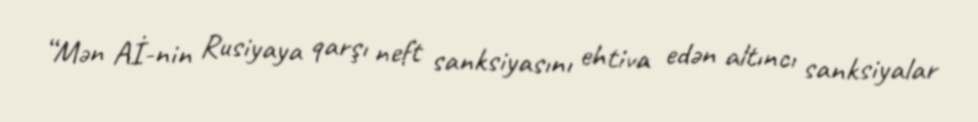
“Mən Aİ-nin Rusiyaya qarşı neft sanksiyasını ehtiva edən altıncı sanksiyalar